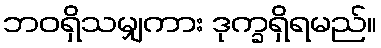
ဘဝရှိသမျှကား ဒုက္ခရှိရမည်။